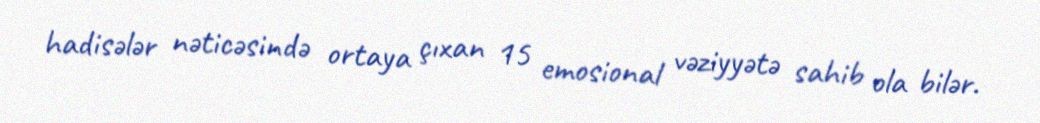
hadisələr nəticəsində ortaya çıxan 15 emosional vəziyyətə sahib ola bilər.